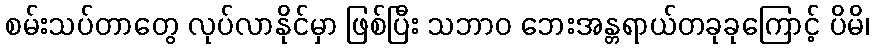
စမ်းသပ်တာတွေ လုပ်လာနိုင်မှာ ဖြစ်ပြီး သဘာဝ ဘေးအန္တရာယ်တခုခုကြောင့် ပိမိ၊